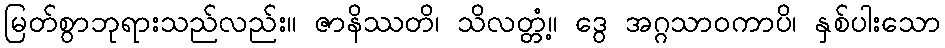
မြတ်စွာဘုရားသည်လည်း။ ဇာနိဿတိ၊ သိလတ္တံ့။ ဒွေ အဂ္ဂသာဝကာပိ၊ နှစ်ပါးသော